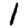
Digit: 1